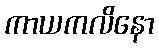
ကာယကလိနော